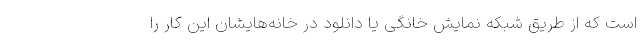
است که از طریق شبکه نمایش خانگی یا دانلود در خانه‌هایشان این کار را